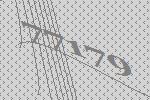
77179